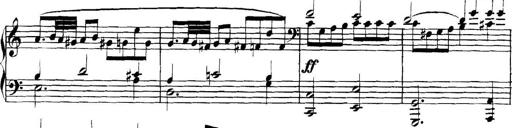
Title: Collected Piano Sonatas
Composer: Muzio Clementi